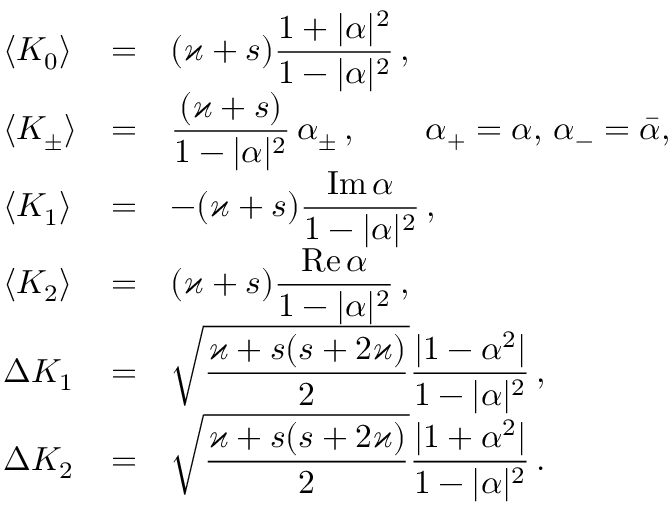
\begin{array} { l l l } { \langle K _ { 0 } \rangle } & { = } & { \displaystyle ( \varkappa + s ) \frac { 1 + \vert \alpha \vert ^ { 2 } } { 1 - \vert \alpha \vert ^ { 2 } } \, , } \\ { \langle K _ { \pm } \rangle } & { = } & { \displaystyle \frac { ( \varkappa + s ) } { 1 - \vert \alpha \vert ^ { 2 } } \, \alpha _ { \pm } \, , \qquad \alpha _ { + } = \alpha , \, \alpha _ { - } = \bar { \alpha } , \, } \\ { \langle K _ { 1 } \rangle } & { = } & { \displaystyle - ( \varkappa + s ) \frac { \mathrm { I m } \, \alpha } { 1 - \vert \alpha \vert ^ { 2 } } \, , } \\ { \langle K _ { 2 } \rangle } & { = } & { \displaystyle ( \varkappa + s ) \frac { \mathrm { R e } \, \alpha } { 1 - \vert \alpha \vert ^ { 2 } } \, , } \\ { \Delta K _ { 1 } } & { = } & { \displaystyle \sqrt { \frac { \varkappa + s ( s + 2 \varkappa ) } { 2 } } \frac { \vert 1 - \alpha ^ { 2 } \vert } { 1 - \vert \alpha \vert ^ { 2 } } \, , } \\ { \Delta K _ { 2 } } & { = } & { \displaystyle \sqrt { \frac { \varkappa + s ( s + 2 \varkappa ) } { 2 } } \frac { \vert 1 + \alpha ^ { 2 } \vert } { 1 - \vert \alpha \vert ^ { 2 } } \, . } \end{array}